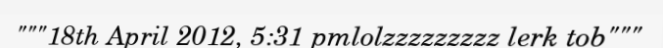
"""18th April 2012, 5:31 pmlolzzzzzzzzz lerk tob"""